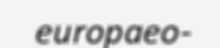
europaeo-